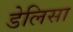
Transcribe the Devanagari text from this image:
डेलिसा